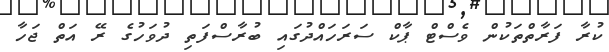
ކުރާ ފަރާތްތަކުން ވެސްޓް ޕާކް ސަރަަހައްދުގައި ބުރާސްފަތި ދުވަހުގެ ރޭ އަތް ޖަހާ